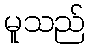
မူသည်